Calcutta medical institutions reports 1879-81 [i.e.91]
Year: 1879
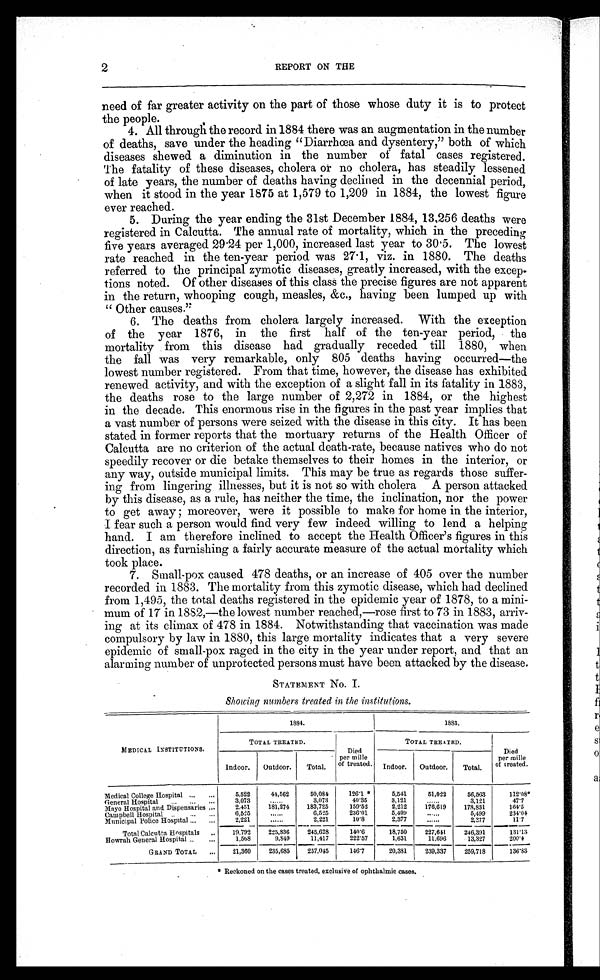
2
REPORT ON THE
need of far greater activity on the part of those whose duty it is to protect
the people.
4. All through the record in 1884 there was an augmentation in the number
of deaths, save under the heading “Diarrhœa and dysentery.” both of which
diseases shewed a diminution in the number of fatal cases registered.
The fatality of these diseases, cholera or no cholera, has steadily lessened
of late years, the number of deaths having declined in the decennial period,
when it stood in the year 1875 at 1,579 to 1,209 in 1884, the lowest figure
ever reached.
5. During the year ending the 31st December 1884, 13,256 deaths were
registered in Calcutta. The annual rate of mortality, which in the preceding
five years averaged 29.24 per 1,000, increased last year to 30.5. The lowest
rate reached in the ten-year period was.27 . 1, viz. in 1880. The deaths
referred to the principal zymotic diseases, greatly increased, with the excep-
tions noted. Of other diseases of this class the precise figures are not apparent
in the return, whooping cough, measles, &c., having been lumped up with
“ O t h e r c a u s e s . ”
6. The deaths from cholera largely increased. With the exception
of the year 1876, in the first half of the ten-year period, the
mortality from this disease had gradually receded till 1880, when
the fall was very remarkable, only 805 deaths having occurred—the
lowest number registered. From that time, however, the disease has exhibited
renewed activity, and with the exception of a slight fall in its fatality in 1883,
the deaths rose to the large number of 2,272 in 1884, or the highest
in the decade. This enormous rise in the figures in the past year implies that
a vast number of persons were seized with the disease in this city. It has been
stated in former reports that the mortuary returns of the Health Officer of
Calcutta are no criterion of the actual death-rate, because natives who do not
speedily recover or die betake themselves to their homes in the interior, or
any way, outside municipal limits. This may be true as regards those suffer-
ing from lingering illnesses, but it is not so with cholera A person attacked
by this disease, as a rule, has neither the time, the inclination, nor the power
to get away; moreover, were it possible to make for home in the interior,
I fear such a person would find very few indeed willing to lend a helping
hand. I am therefore inclined to accept the Health Officer’s figures in this
direction, as furnishing a fairly accurate measure of the actual mortality which
took place.
7. Small-pox caused 478 deaths, or an increase of 405 over the number
recorded in 1883. The mortality from this zymotic disease, which had declined
from 1,495, the total deaths registered in the epidemic year of 1878, to a mini-
mum of 17 in 1882,-the lowest number reached,-rose first to 73 in 1883, arriv-
ing at its climax of 478 in 1884. Notwithstanding that vaccination was made
compulsory by law in 1880, this large mortality indicates that a very severe
epidemic of small-pox raged in the city in the year under report, and that an
alarming number of unprotected persons must have been attacked by the disease.
STATEMENT No. I.
Showing numbers treated in the institutions.
MEDICAL INSTITUTIONS.
1884.
1883.
TOTAL TREATED.
Died
per mille
of treated.
TOTAL TRE A TED.
Died
per mille
of treated.
Indoor.
Outdoor.
Total.
Indoor.
Outdoor.
Total.
Medical College Hospital ...
...
5,522
44,562
50,084
126.1*
5,541
51,022
56,563
1 1 2 . 0 8 *
General Hospital
...
...
...
3,073
. . . . . .
3,073
40.35
3,121
......
3,121
47.7
Mayo Hospital and Dispensaries ...
2,451
181,274
183,725
159.52
2,212
176,619
178,831
164.5
Campbell Hospital
. .
. . .
. . .
6,525
......
6,525
236.01
5,499
......
5,499
234.04
Municipal Police Hospital ...
...
2,221
......
2,221
10.8
2,377
......
2,377
11'7
Total Calcutta Hospitals
..
19.792
225,836
245,628
140.6
18,750
227,64
246,391
131.13
Howrah General Hospital ..
...
1,568
9,849
11,417
222.57
1,631
11,696
13,327
200.4
GRAND TOTAL
...
21,360
235,685
257,045
146.7
20,381
239,337
259,718
136.83
* Reckoned on the cases treated, exclusive of ophthalmic cases.